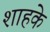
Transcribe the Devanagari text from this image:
शाहके